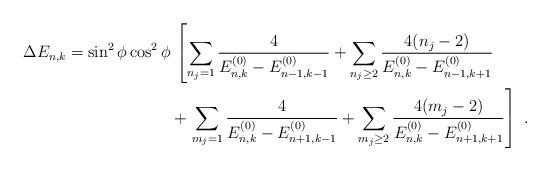
LaTeX: \begin{align*} \Delta E_{n,k}=\sin^2 \phi \cos^2\phi & \, \left [ \sum_{n_j=1}\frac{4}{E_{n,k}^{(0)}-E_{n-1,k-1}^{(0)}} + \sum_{n_j\geq 2}\frac{4(n_j-2)}{E_{n,k}^{(0)}-E_{n-1,k+1}^{(0)}}\right.\\&+\left . \sum_{m_j=1}\frac{4}{E_{n,k}^{(0)}-E_{n+1,k-1}^{(0)}} +\sum_{m_j\geq 2}\frac{4(m_j-2)}{E_{n,k}^{(0)}-E_{n+1,k+1}^{(0)}} \right ]\ .\end{align*}